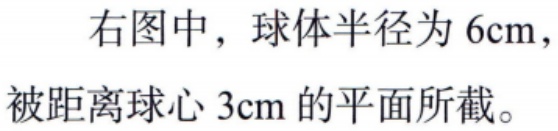
右图中，球体半径为 \(6\text{cm}\)，被距离球心 \(3\text{cm}\) 的平面所截。